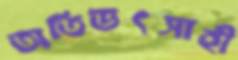
অতিউৎসাহী